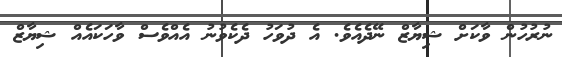
ނުރުހުން ވާކަށް ޝިޔާޒް ނޭދެއެވެ. އެ ދުވަހު ދެކެވުނު އެއްވެސް ވާހަކައެއް ޝިޔާޒް